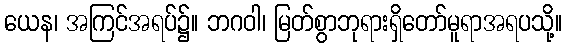
ယေန၊ အကြင်အရပ်၌။ ဘဂဝါ၊ မြတ်စွာဘုရားရှိတော်မူရာအရပသို့။